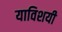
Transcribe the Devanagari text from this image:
याविशयी